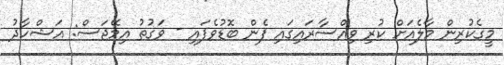
މީގެކުރިން މާލެއަށް ކުރި ވިއްސާރައިގައި ފެން ބޮޑުވެފައި - ވަގުތު އިމޭޖަސް: އަޝްހާދު